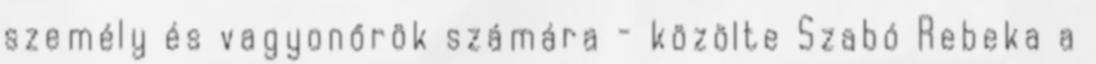
személy és vagyonőrök számára - közölte Szabó Rebeka a